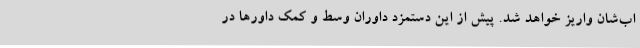
اب‌شان واریز خواهد شد. پیش از این دستمزد داوران وسط و کمک داورها در